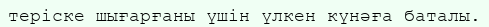
теріске шығарғаны үшін үлкен күнәға баталы.